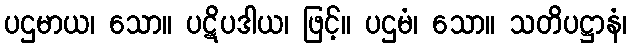
ပဌမာယ၊ သော။ ပဋိပဒါယ၊ ဖြင့်။ ပဌမံ၊ သော။ သတိပဋ္ဌာနံ၊